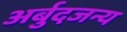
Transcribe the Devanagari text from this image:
अर्बुदजन्य